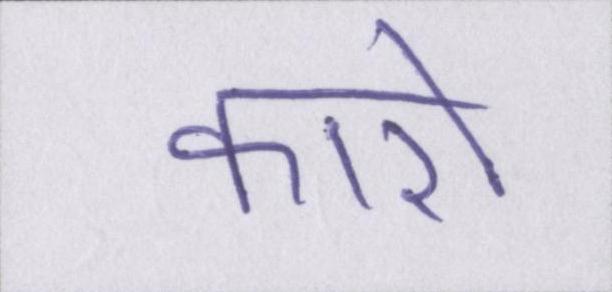
कारो